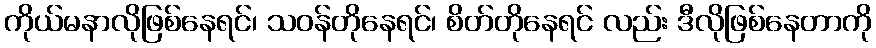
ကိုယ်မနာလိုဖြစ်နေရင်၊ သဝန်တိုနေရင်၊ စိတ်တိုနေရင် လည်း ဒီလိုဖြစ်နေတာကို